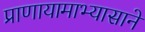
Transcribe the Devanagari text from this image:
प्राणायामाभ्यासाने